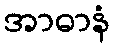
အာဓာနံ